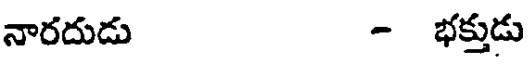
నారదుడు - భక్తుడు